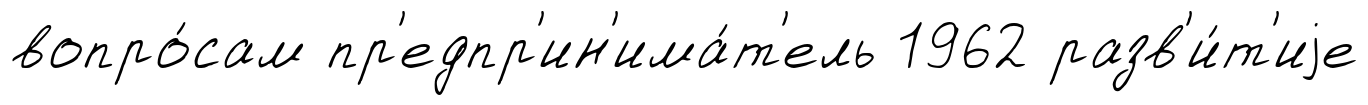
вопро́сам пр'едпр'ин'има́т'ель 1962 разв'и́т'иjе